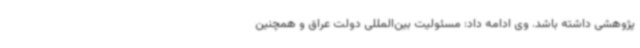
پژوهشی داشته باشد. وی ادامه داد: مسئولیت بین‌المللی دولت عراق و همچنین